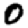
Digit: 0